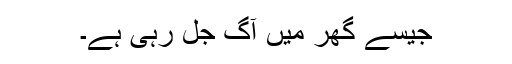
جیسے گھر میں آگ جل رہی ہے۔